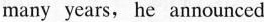
many years, he announced